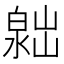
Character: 𣻮